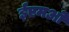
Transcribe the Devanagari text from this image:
ईएमओ